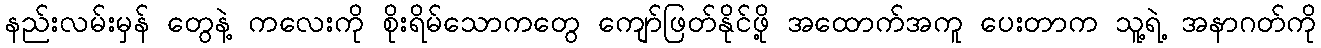
နည်းလမ်းမှန် တွေနဲ့ ကလေးကို စိုးရိမ်သောကတွေ ကျော်ဖြတ်နိုင်ဖို့ အထောက်အကူ ပေးတာက သူ့ရဲ့ အနာဂတ်ကို